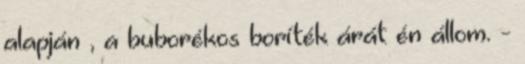
alapján , a buborékos boríték árát én állom. -